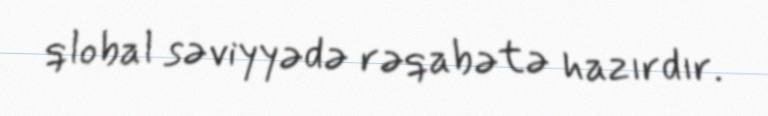
qlobal səviyyədə rəqabətə hazırdır.